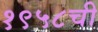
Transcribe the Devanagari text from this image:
१९५८ची